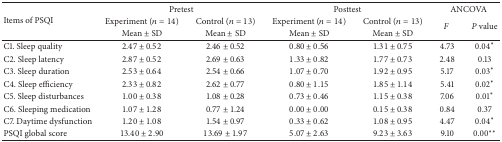
| <ROWSPAN=3> Items of PSQI | <COLSPAN=2> Pretest | <COLSPAN=2> Posttest | <COLSPAN=2> ANCOVA |
 | Experiment (n = 14) | Control (n = 13) | Experiment (n = 14) | Control (n = 13) | <ROWSPAN=2> F | <ROWSPAN=2> P value |
 | Mean ± SD | Mean ± SD | Mean ± SD | Mean ± SD |
 | --- | --- | --- | --- | --- | --- | --- |
 | C1. Sleep quality | 2.47 ± 0.52 | 2.46 ± 0.52 | 0.80 ± 0.56 | 1.31 ± 0.75 | 4.73 | 0.04* |
 | C2. Sleep latency | 2.87 ± 0.52 | 2.69 ± 0.63 | 1.33 ± 0.82 | 1.77 ± 0.73 | 2.48 | 0.13 |
 | C3. Sleep duration | 2.53 ± 0.64 | 2.54 ± 0.66 | 1.07 ± 0.70 | 1.92 ± 0.95 | 5.17 | 0.03* |
 | C4. Sleep efficiency | 2.33 ± 0.82 | 2.62 ± 0.77 | 0.80 ± 1.15 | 1.85 ± 1.14 | 5.41 | 0.02* |
 | C5. Sleep disturbances | 1.00 ± 0.38 | 1.08 ± 0.28 | 0.73 ± 0.46 | 1.15 ± 0.38 | 7.06 | 0.01* |
 | C6. Sleeping medication | 1.07 ± 1.28 | 0.77 ± 1.24 | 0.00 ± 0.00 | 0.15 ± 0.38 | 0.84 | 0.37 |
 | C7. Daytime dysfunction | 1.20 ± 1.08 | 1.54 ± 0.97 | 0.33 ± 0.62 | 1.08 ± 0.95 | 4.47 | 0.04* |
 | PSQI global score | 13.40 ± 2.90 | 13.69 ± 1.97 | 5.07 ± 2.63 | 9.23 ± 3.63 | 9.10 | 0.00** |